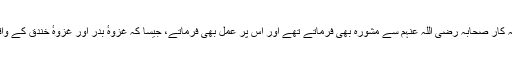
آپ غزوات میں تجربہ کار صحابہ رضی اللہ عنہم سے مشورہ بھی فرماتے تھے اور اس پر عمل بھی فرماتے، جیسا کہ غزوہٴ بدر اور غزوہٴ خندق کے واقعات اس پر شاہد ہیں۔